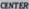
CENTER